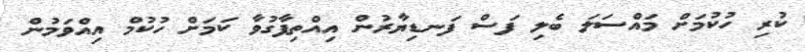
ކުރި ހުކުމަށް މައްސަލަ ބެލި ފަސް ފަނޑިޔާރުން އިއްތިފާގުވާ ކަމަށް ހުކުމް އިއްވަމުން